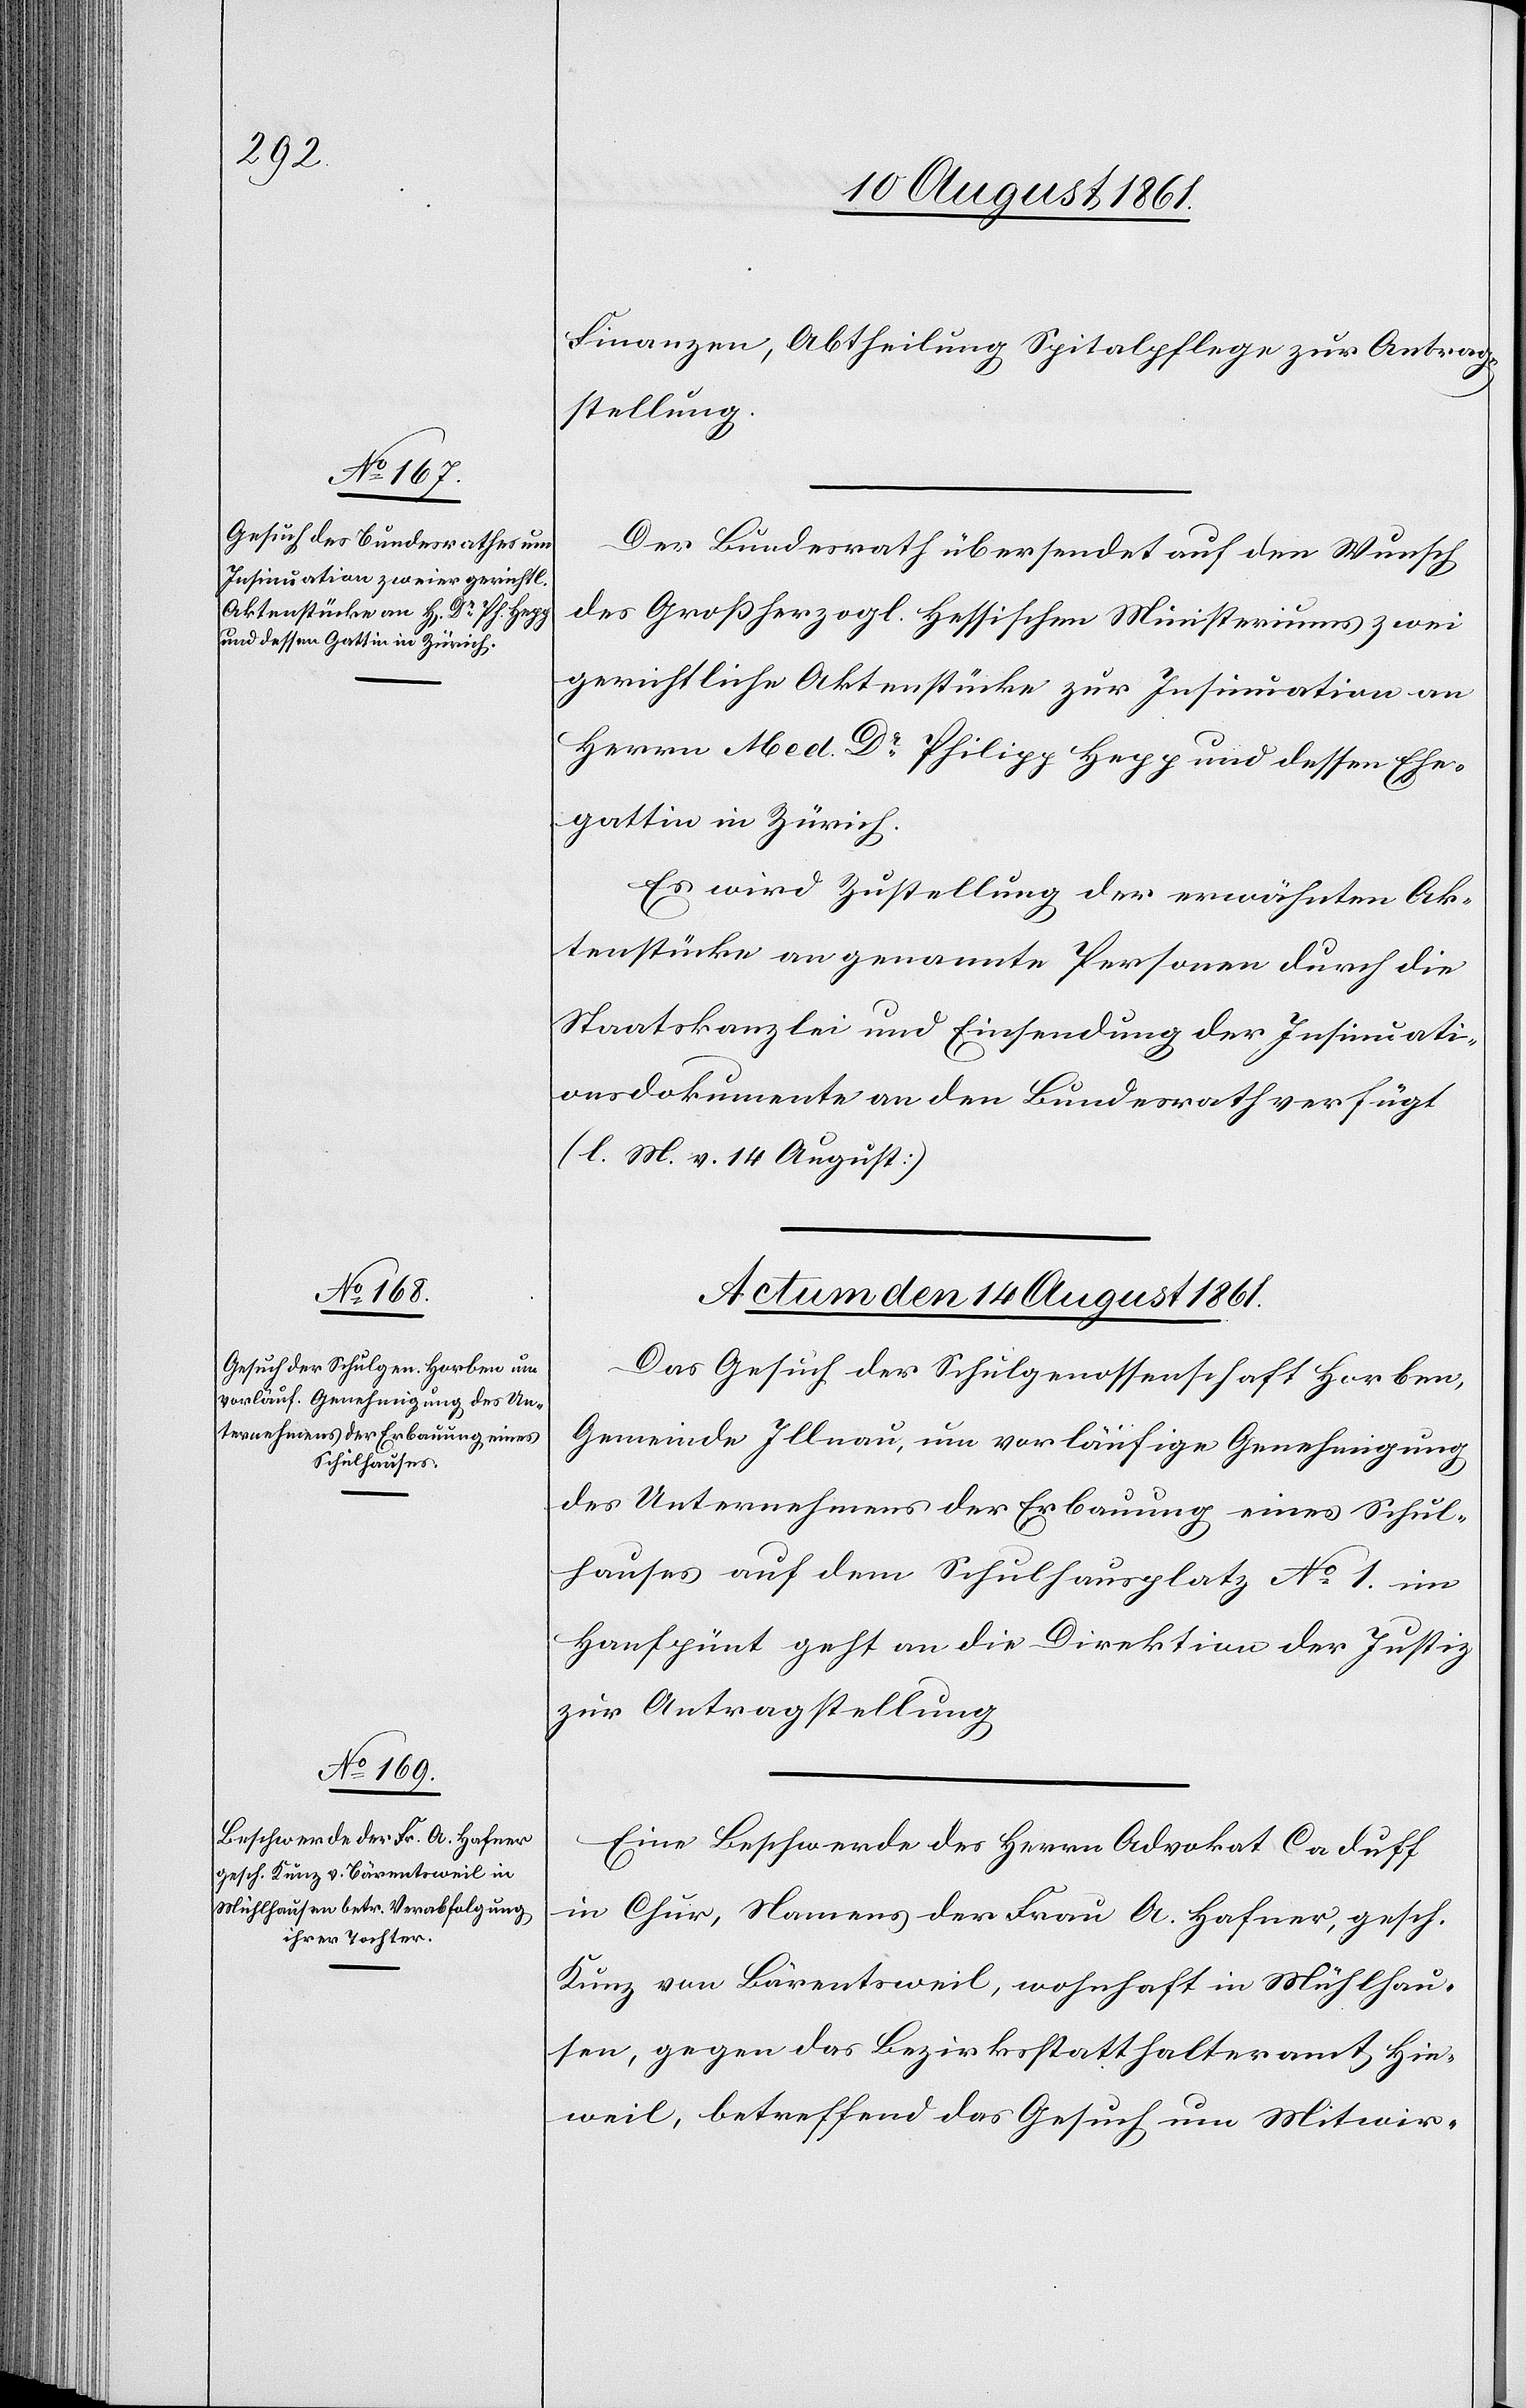
Finanzen, Abtheilung Spitalpflege zur Antrag¬
stellung.
Der Bundesrath übersendet auf den Wunsch
des Großherzogl. Hessischen Ministeriums zwei
gerichtliche Aktenstücke zur Insinuation an
Herrn Med Dr Philipp Hepp und dessen Ehe¬
gattin in Zürich.
Es wird Zustellung der erwähnten Ak¬
tenstücke an genannte Personen durch die
Staatskanzlei und Einsendung der Insinuati¬
onsdokumente an den Bundesrath verfügt
[l. M. v. 14 August]
Actum den 14 August 1861.]
Das Gesuch der Schulgenossenschaft Horben,
Gemeinde Illnau, um vorläufige Genehmigung
des Unternehmens der Erbauung eines Schul¬
hauses auf dem Schulhausplatz N° 1 im
Hanfpünt geht an die Direktion der Justiz
zur Antragstellung.
Eine Beschwerde des Herrn Advokat Caduff
in Chur, Namens der Frau A. Hafner, gesch.
Kunz von Bärentsweil, wohnhaft in Mühlhau¬
sen, gegen das Bezirksstatthalteramt Hin¬
weil, betreffend das Gesuch um Mitwir-